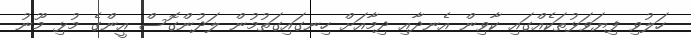
ހަލުވި ފިޔަވަޅުތަކެއްގައި ކާވިން އެނދާއި ދިމާއަށް ހިނގައިގަތުމުން ލަދުންގޮސް އީންގެ މުޅި މޫނު